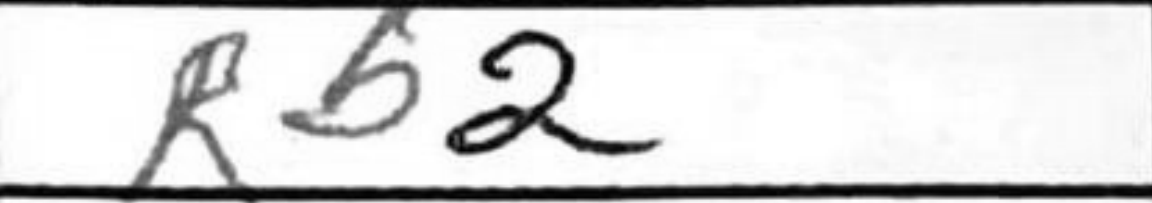
Transcription: Rb2